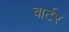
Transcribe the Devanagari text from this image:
बार्टर